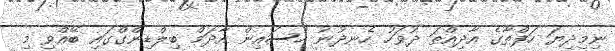
ނިމިދިޔަ ހަފްތާގެ އާދިއްތަ ދުވަހު ހެނދުނު ހުސައިން އާދަމް ބިލްޑިންގްގައި ބޭއްވި މި